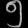
Digit: ၅